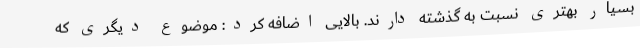
بسیار بهتری نسبت به گذشته دارند. بالایی اضافه کرد: موضوع دیگری که